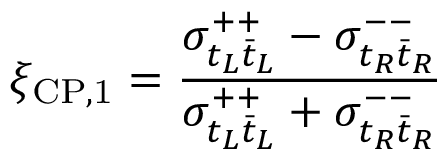
\xi _ { \mathrm { C P , 1 } } = \frac { \sigma _ { t _ { L } \bar { t } _ { L } } ^ { + + } - \sigma _ { t _ { R } \bar { t } _ { R } } ^ { -- } } { \sigma _ { t _ { L } \bar { t } _ { L } } ^ { + + } + \sigma _ { t _ { R } \bar { t } _ { R } } ^ { -- } }